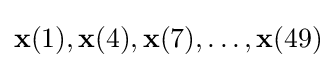
\mathbf {x} (1),\mathbf {x} (4),\mathbf {x} (7),\ldots ,\mathbf {x} (49)